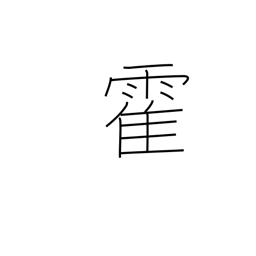
Meaning: sudden